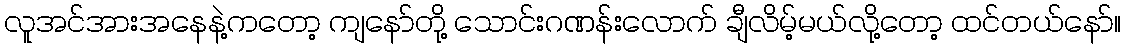
လူအင်အားအနေနဲ့ကတော့ ကျနော်တို့ သောင်းဂဏန်းလောက် ချီလိမ့်မယ်လို့တော့ ထင်တယ်နော်။